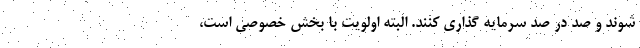
شوند و صد در صد سرمایه گذاری کنند. البته اولویت با بخش خصوصی است،